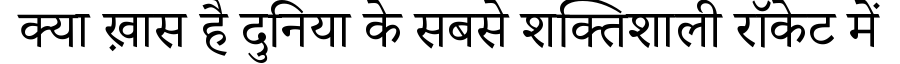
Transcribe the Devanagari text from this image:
क्या ख़ास है दुनिया के सबसे शक्तिशाली रॉकेट में